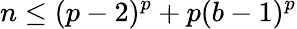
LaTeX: n\leq(p-2)^{p}+p(b-1)^{p}